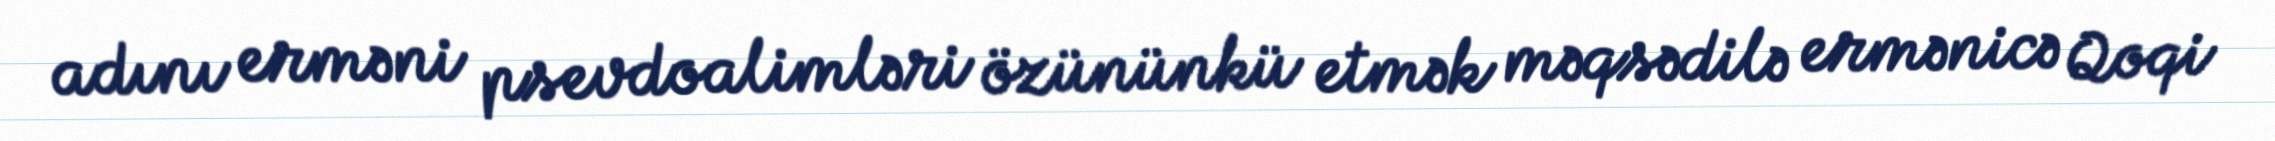
adını erməni psevdoalimləri özününkü etmək məqsədilə ermənicə Qoqi